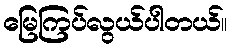
မြေကြပ်လွယ်ပါတယ်။